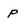
Character: p